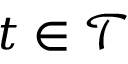
t \in { \mathcal { T } }